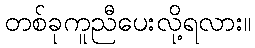
တစ်ခုကူညီပေးလို့ရလား။